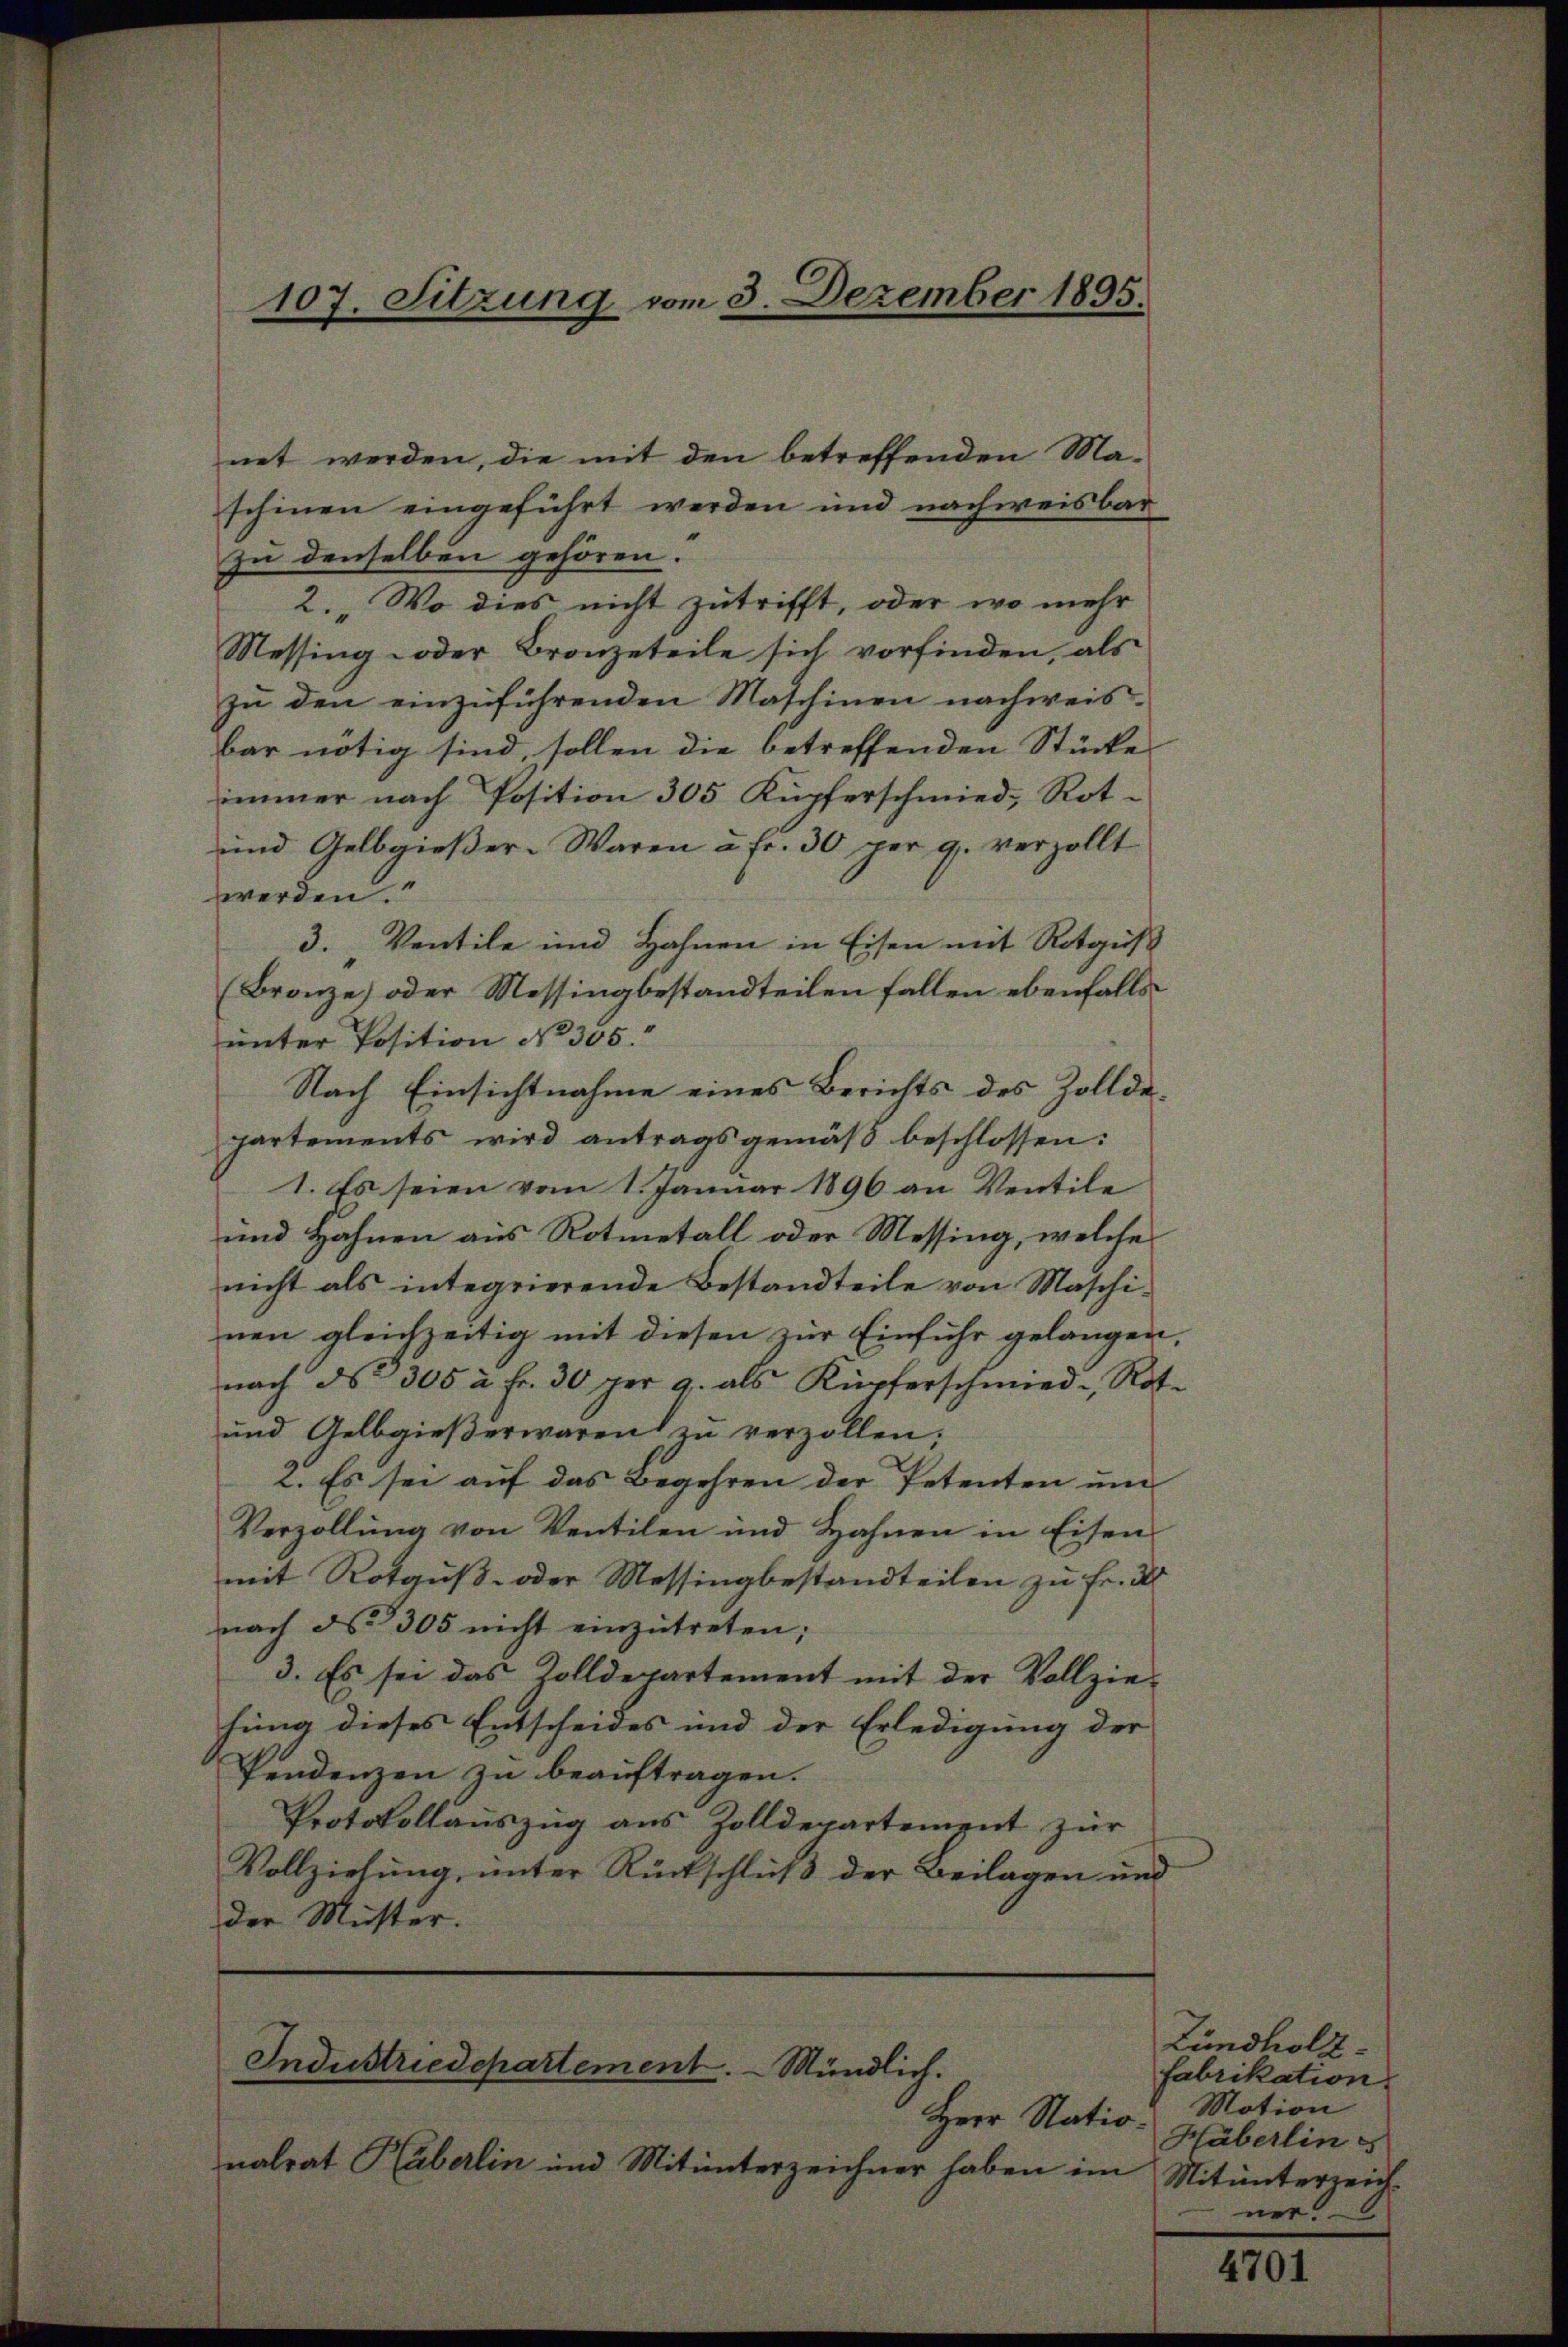
107. Sitzung vom 3. Dezember 1895.

net werden, die mit den betreffenden Ma-
schinen eingeführt werden und nachweisbar
zu denselben gehören.
2. Wo dies nicht zutrifft, oder wo mehr
Messing oder Bronzeteile sich vorfinden, als
zu den einzuführenden Maschinen nachweisbar nötig sind, sollen die betreffenden Stücke
immer nach Position 305 Küpferschmied, Rot¬
und Gelbgießer-Waren u. fr. 30 per 9. verzollt
werden.
3. " Ventile und Hahnen in Eisen mit Rotguß
(Bronze) oder Messingbestandteilen fallen ebenfalls
unter Position No 305.
Nach Einsichtnahme eines Berichts des Zolldepartements wird antragsgemäβ beschlossen:
1. Es seien vom 1. Januar 1896 an Ventile
und Zahnen aus Rotmetall oder Messing, welche
nicht als integrierende Bestandteile von Maschi-
nen gleichzeitig mit diesen zur Einfuhr gelangen,
nach ds 305 à Fr. 30 per 9. als Kupferschmied - Rot¬
und Gelbgieβerwaren zŭ verzollen;
2. Es sei auf das Begehren der Petenten um
Verzollŭng von Ventilen und Hahnen in Eisen
mit Rotguß- oder Messingbestandteilen zu Fr. 2
nach d. 305 nicht einzŭtreten;
3. Es sei das Zolldepartement mit der Vollzie-
hung dieses Entscheides und der Erledigung der
Pendenzen zu beauftragen.
Protokollauszug aus Zolldepartement zur
Vollziehung, unter Rückschluß der Beilagen und
der Muster.

Industriedepartement. Mündlich.

nalrat Häberlin und Mitunterzeichner haben im Mitunterzeich-

Zündholz.
fabrikation
Herr Natio Motion
Häberlin
ner.

4701